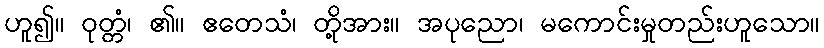
ဟူ၍။ ဝုတ္တံ၊ ၏။ ဧတေသံ၊ တို့အား။ အပုညော၊ မကောင်းမှုတည်းဟူသော။